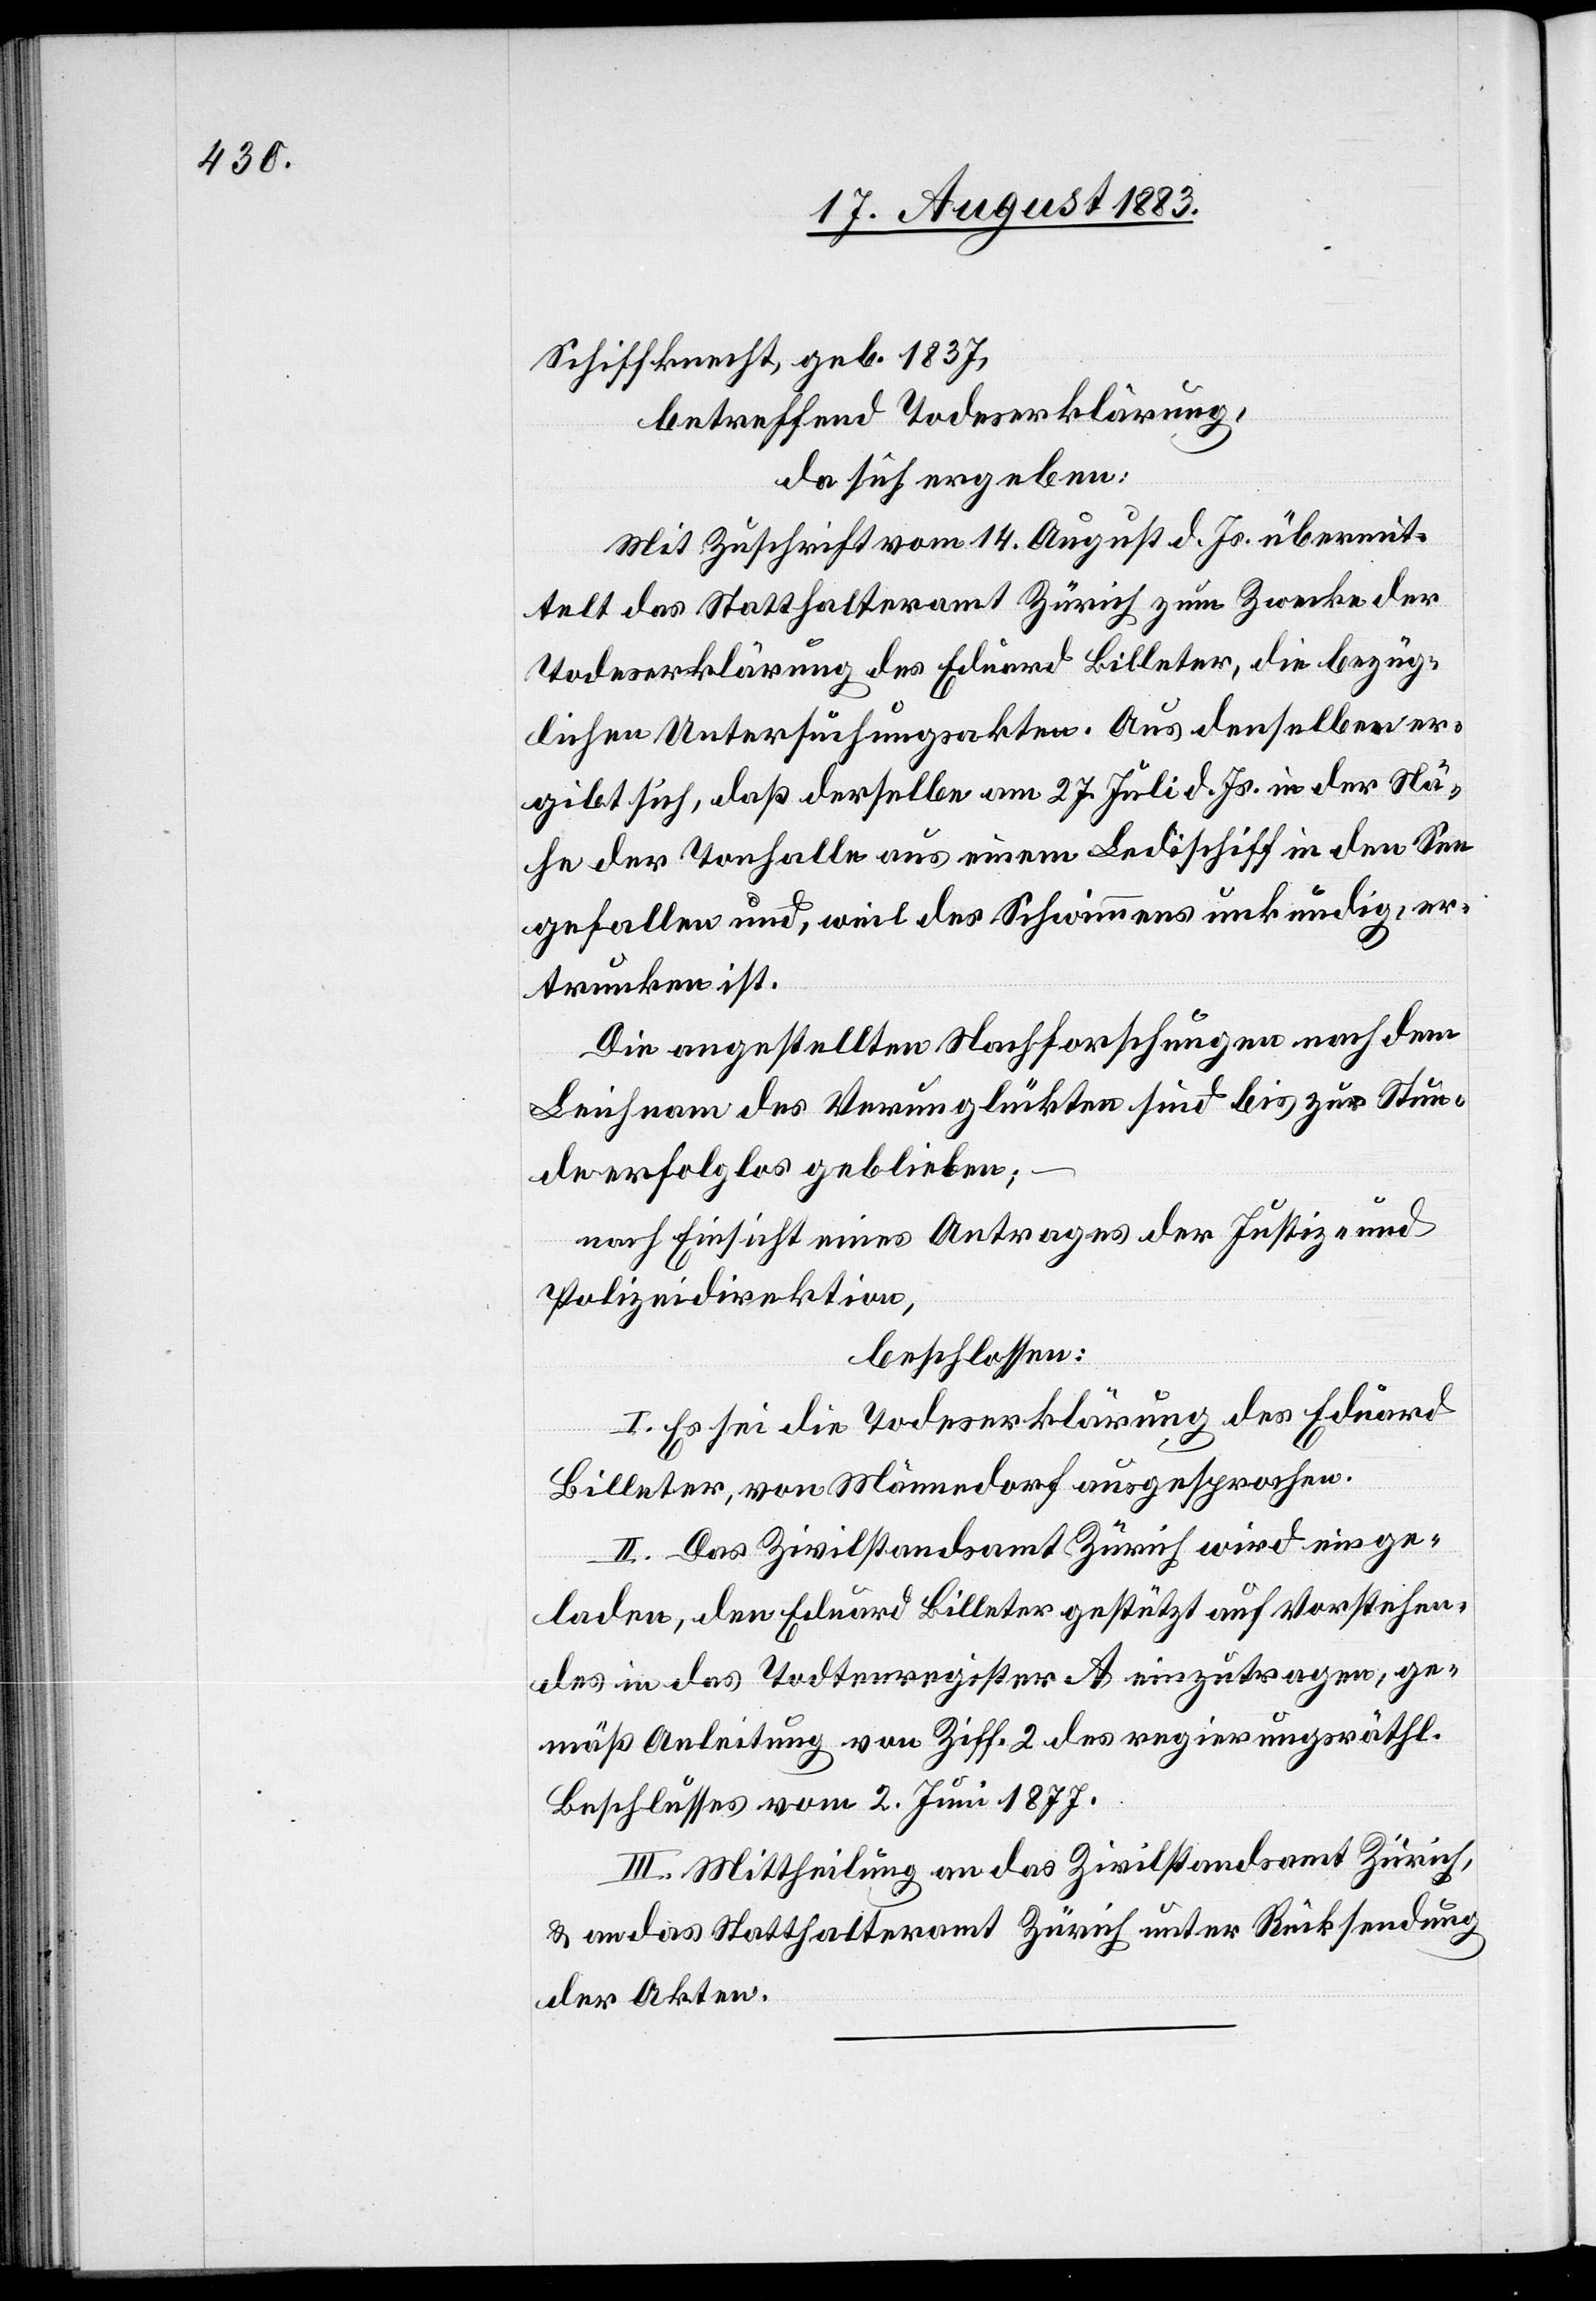
Schiffknecht, geb. 1837,
betreffend Todeserklärung,
da sich ergeben:
Mit Zuschrift vom 14. August d. Js. übermit¬
telt das Statthalteramt Zürich zum Zwecke der
Todeserklärung des Eduard Billeter, die bezüg¬
lichen Untersuchungsakten. Aus denselben er¬
gibt sich, daß derselbe am 17. Juli d. Js. in der Nä¬
he der Tonhalle aus einem Landischiff in den See
gefallen und, weil des Schwimmens unkundig, er¬
trunken ist.
Die angestellten Nachforschungen nach dem
Leichnam des Verunglückten sind bis zur Stun¬
de erfolglos geblieben;
nach Einsicht eines Antrages der Justiz- &
Polizeidirektion,
beschlossen:
I. Es sei die Todeserklärung des Eduard
Billeter, von Männedorf ausgesprochen.
II. Das Zivilstandsamt Zürich wird einge¬
laden, den Eduard Billeter gestützt auf Vorstehen¬
des in das Todtenregister A einzutragen, ge¬
mäß Anleitung von Ziff. 2 des regierungsräthl.
Beschlusses vom 2. Juni 1877.
III. Mittheilung an das Zivilstandsamt Zürich,
& an das Statthalteramt Zürich unter Rücksendung
der Akten.